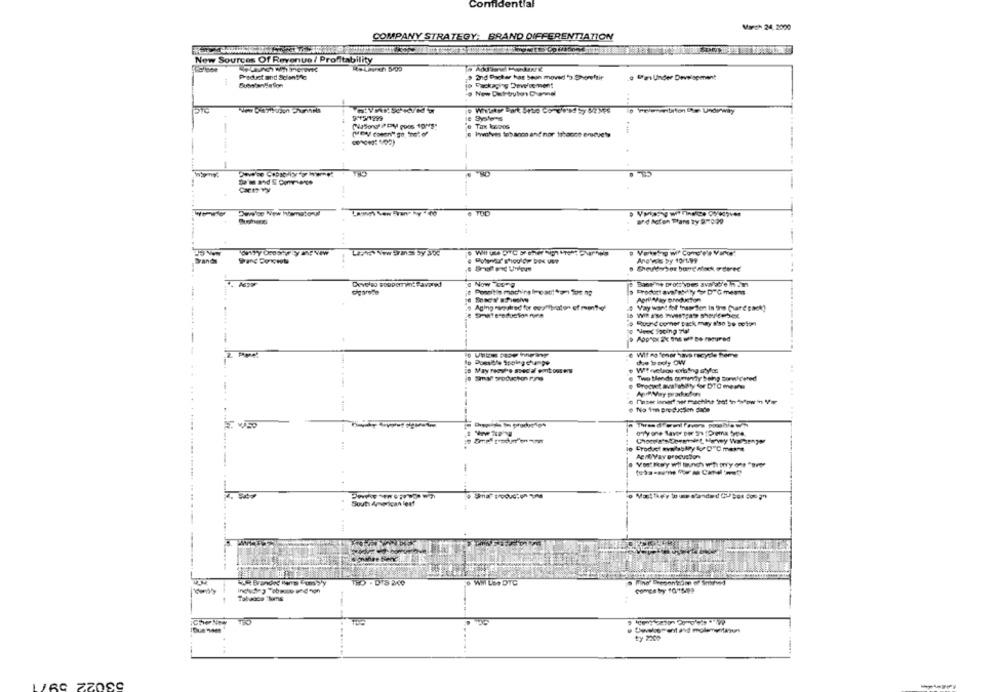
Confidential
March 24, 2000
COMPANY STRATEGY: BRAND DIFFERENTIATION
New Sources Of Revenue / Profitability
Product and Scientfc
> and Packer has been moved 's Shorefair
Packaging Development
o Fra Under Development
SubstanSelon
. New Dut-brutos Daniel
9-15/1299
e Systems
--
Can vy
# TOD
Brid Acton Trans Ty 9-0:29
Brands
And vos by 10/199
Develeo soppemrindeavared
Now Tcome
Product ave/abllyfor DTG means
Porlafay productos
Yay want fof 'nsosten in the Cure Back?
Rupert comer pack may #'so 5e wolon
Need Sooing Tla!
Wilco mer hverscydle theme
due to poly OW
is Mayrsove ssedal emtous
Smar production rina
Product avalbety for DTC means
e No 1mm producten dade
AertYay Broovalor
Sout Amarican leaf
--
comes by 10"15492
Tabasco "Nums
CheNer
. Covelement avd molenentanun
ty 2200